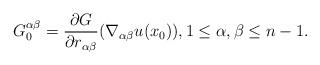
LaTeX: \begin{align*}G^{\alpha \beta}_0 = \frac{\partial G}{\partial r_{\alpha \beta}} (\nabla_{\alpha \beta} u (x_0)), 1 \leq \alpha, \beta \leq n-1.\end{align*}